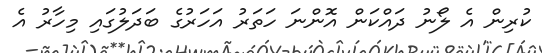
ކުރިން އެ ލޯނު ދައްކަން އޮންނަ ހަތަރު އަހަރުގެ ބަދަލުގައި މިހާރު އެ